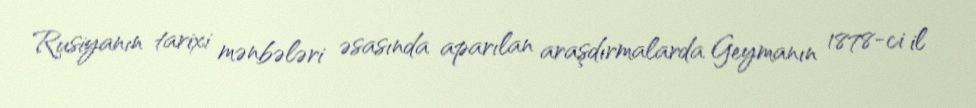
Rusiyanın tarixi mənbələri əsasında aparılan araşdırmalarda Geymanın 1878-ci il